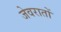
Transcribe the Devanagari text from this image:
जेवरातों